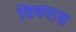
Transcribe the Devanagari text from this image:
विषयास